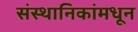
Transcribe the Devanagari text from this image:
संस्थानिकांमधून